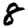
Digit: 8